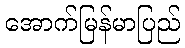
အောက်မြန်မာပြည်